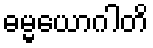
ဓမ္မယောဂါတိ